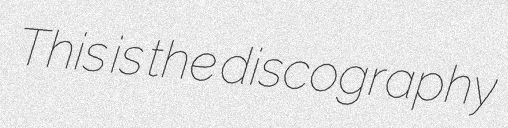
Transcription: This is the discography